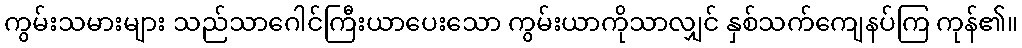
ကွမ်းသမားများ သည်သာဂေါင်ကြီးယာပေးသော ကွမ်းယာကိုသာလျှင် နှစ်သက်ကျေနပ်ကြ ကုန်၏။